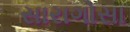
સારાગોસા